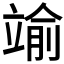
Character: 𮄶